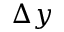
\Delta { y }